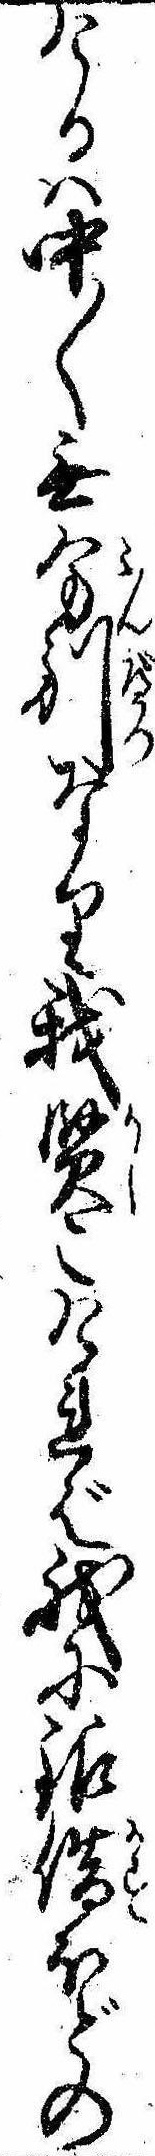
けるは中〱無分別なり我賢こければ我に銀借ほどの